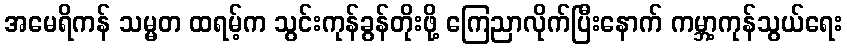
အမေရိကန် သမ္မတ ထရမ့်က သွင်းကုန်ခွန်တိုးဖို့ ကြေညာလိုက်ပြီးနောက် ကမ္ဘာ့ကုန်သွယ်ရေး